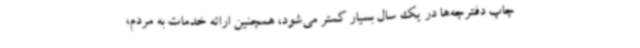
چاپ دفترچه‌ها در یک سال بسیار کمتر می‌شود، همچنین ارائه خدمات به مردم،